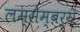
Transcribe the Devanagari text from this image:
लम्सेम्बर्ग